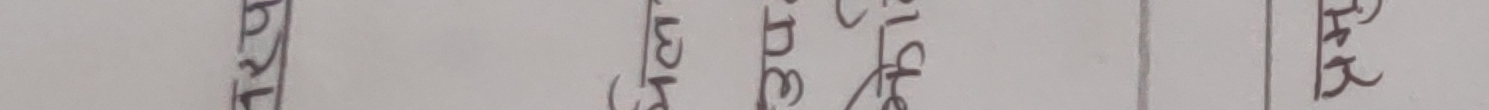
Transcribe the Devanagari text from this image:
१७०५ (३) भइ दिय रुपैयाँ